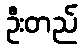
ဦးတည်